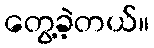
တွေ့ခဲ့တယ်။